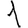
Digit: 1